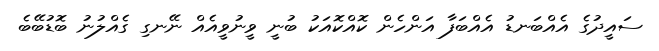
ސައީދުގެ އެއްބަނޑު އެއްބަފާ އަންހެން ކޮއްކޮއަކު ބުނީ ވީނުވީއެއް ނޭނގި ގެއްލުނު ބޮޑުބޭބެ